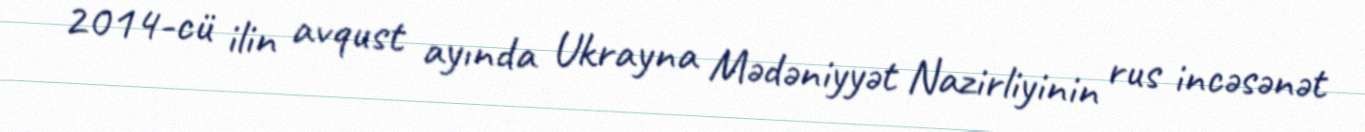
2014-cü ilin avqust ayında Ukrayna Mədəniyyət Nazirliyinin rus incəsənət